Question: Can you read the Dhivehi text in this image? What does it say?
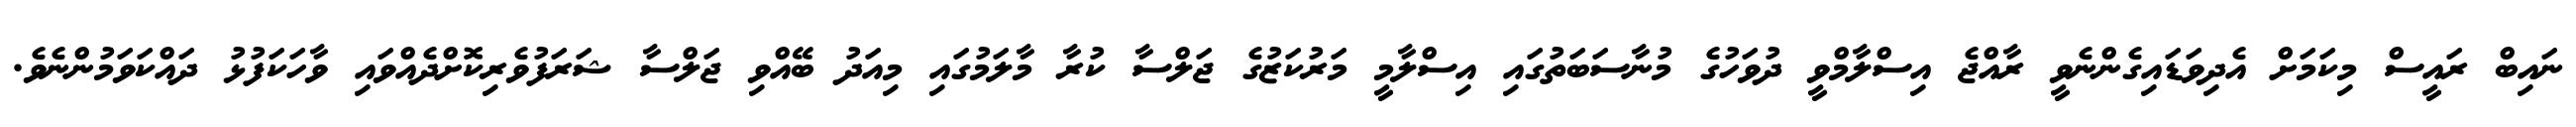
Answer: ނައިބް ރައީސް މިކަމަށް އެދިވަޑައިގެންނެވީ ރާއްޖެ އިސްލާމްވީ ދުވަހުގެ މުނާސަބަތުގައި އިސްލާމީ މަރުކަޒުގެ ޖަލްސާ ކުރާ މާލަމުގައި މިއަދު ބޭއްވި ޖަލްސާ ޝަރަފުވެރިކޮށްދެއްވައި ވާހަކަފުޅު ދައްކަވަމުންނެވެ.